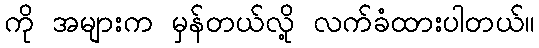
ကို အများက မှန်တယ်လို့ လက်ခံထားပါတယ်။